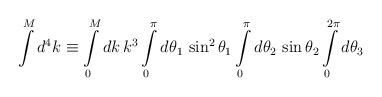
LaTeX: \begin{align*}\int\limits^M d^4k \equiv \int\limits_0^M dk\, k^3\int\limits_0^\pi d\theta_1\,\sin^2\theta_1\int\limits_0^\pi d\theta_2\,\sin\theta_2\int\limits_0^{2\pi} d\theta_3\end{align*}